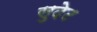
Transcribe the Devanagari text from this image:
सुदेट